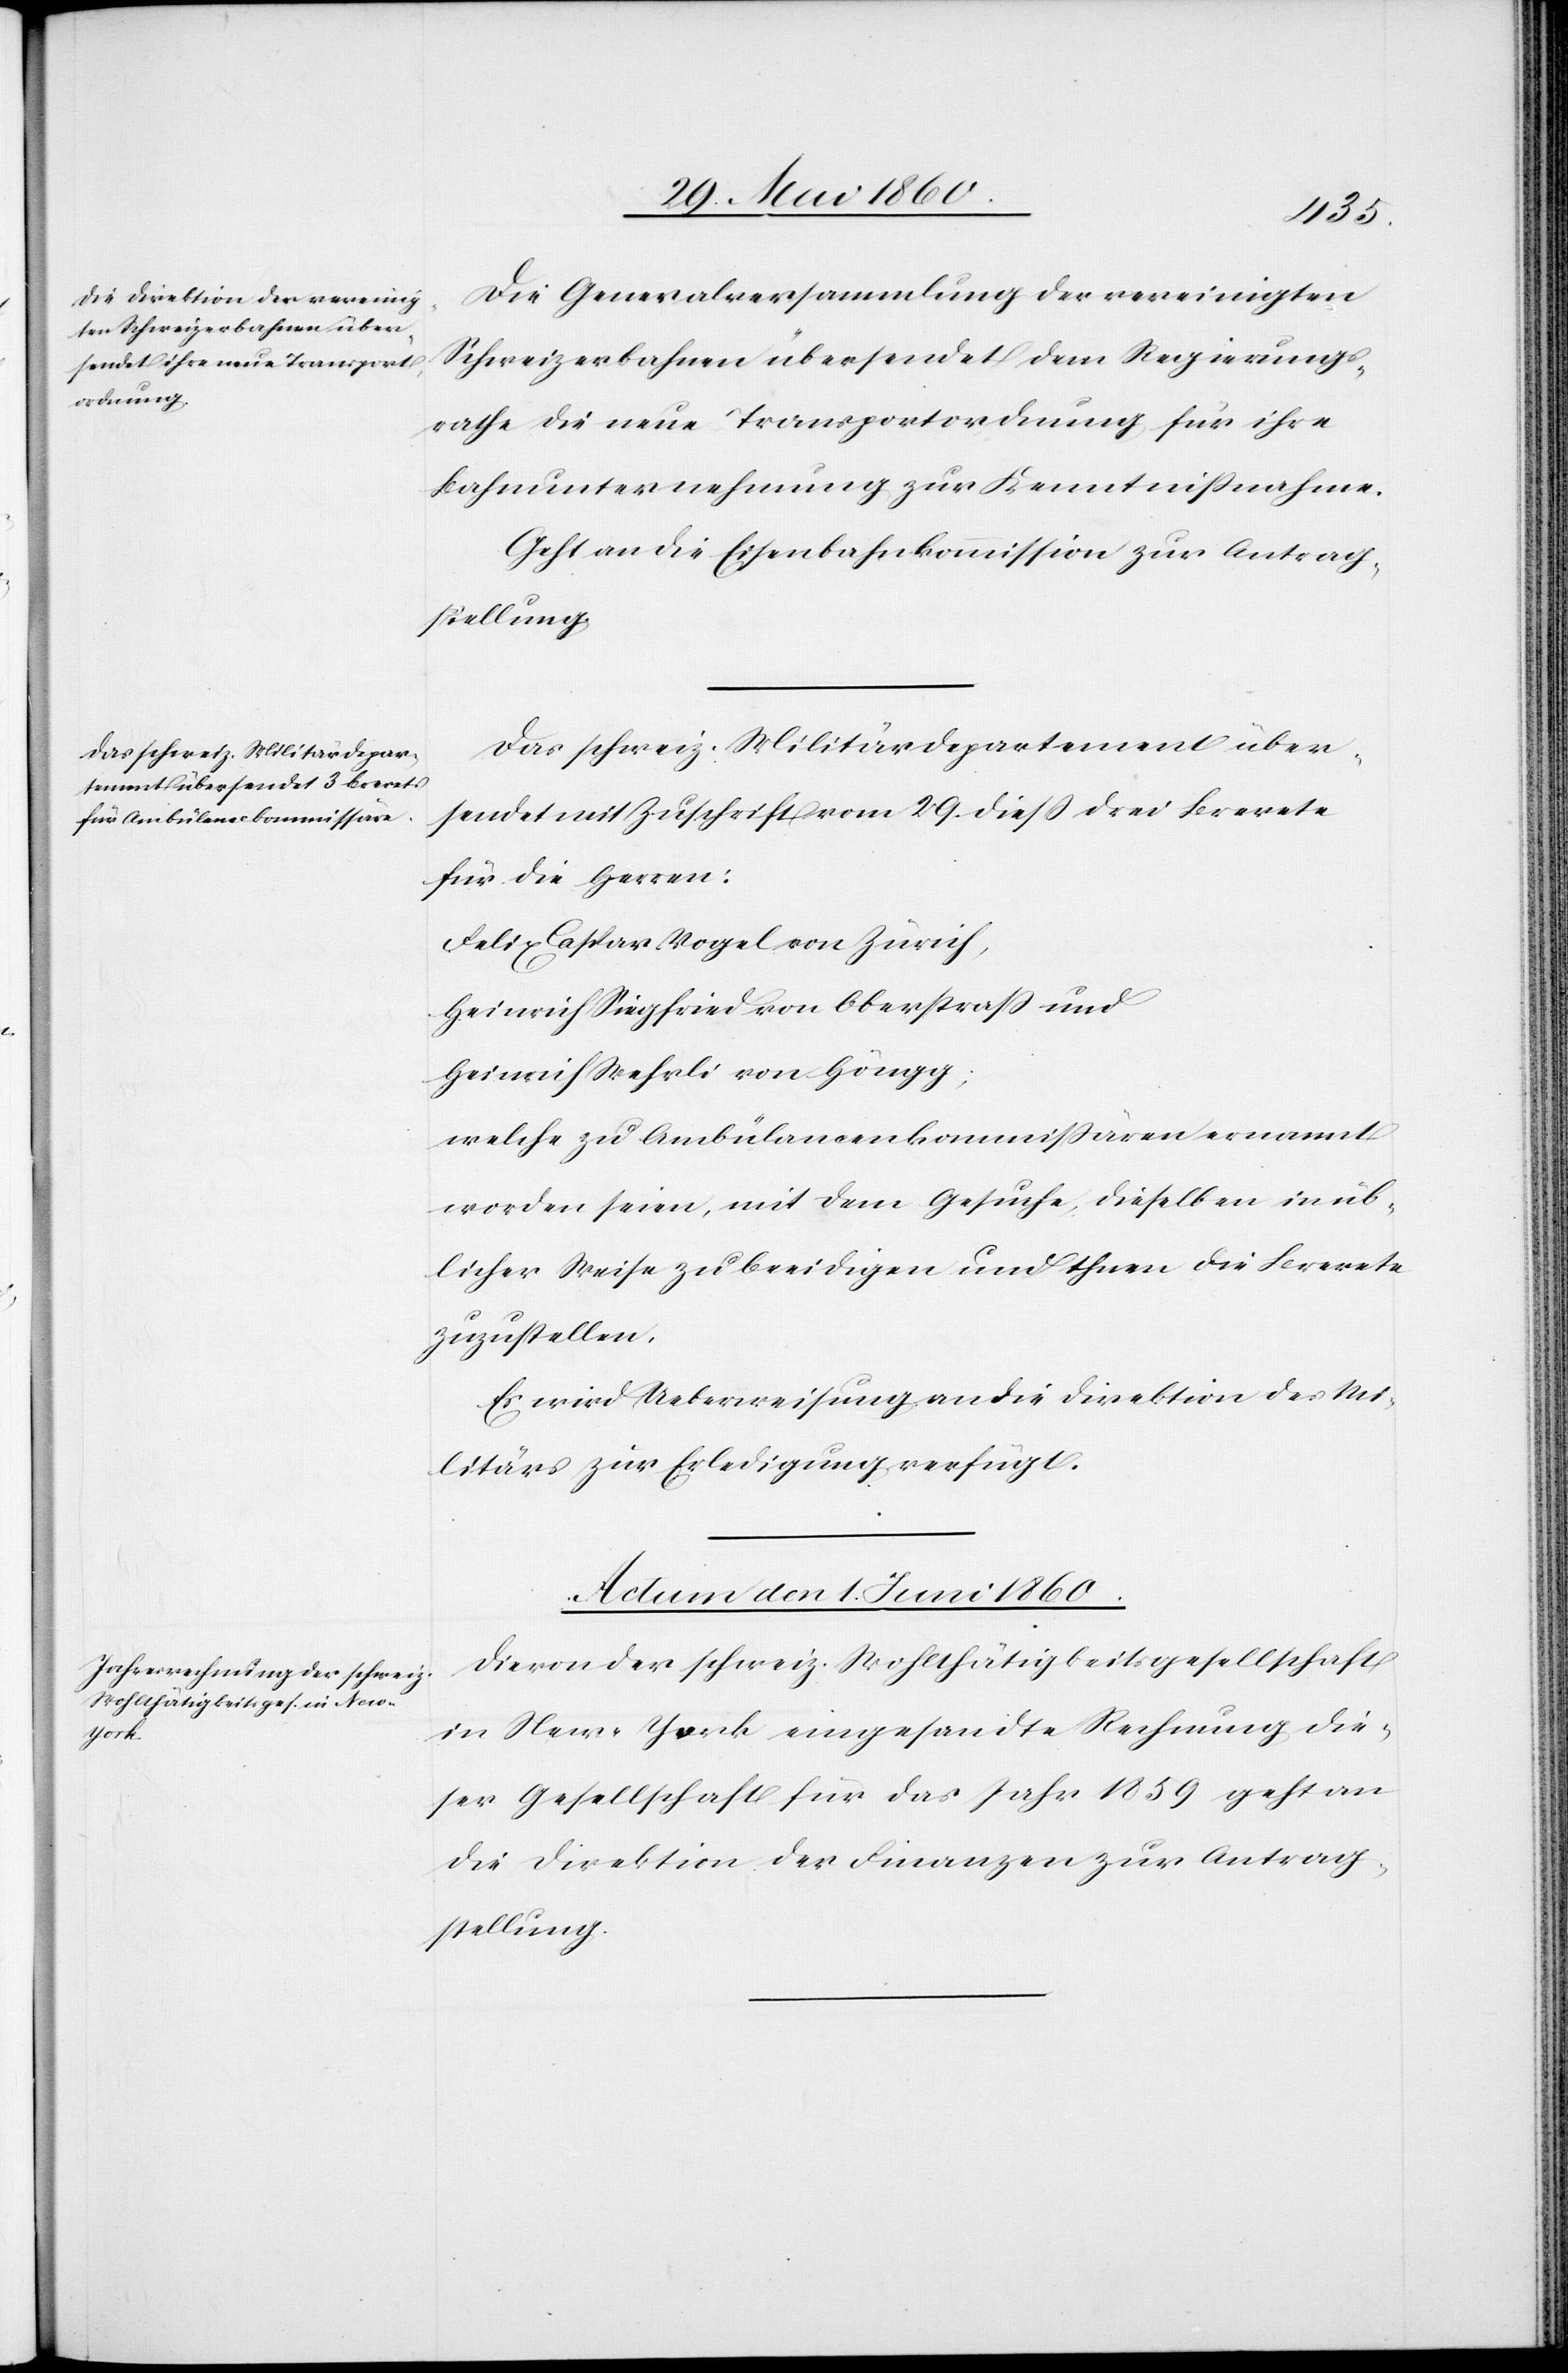
Die Generalversammlung der vereinigten
Schweizerbahnen übersendet dem Regierungs¬
rathe die neue Transportordnung für ihre
Bahnunternehmung zur Kentnnissnahme.
Geht an die Eisenbahnkommission zur Antrag¬
stellung.
Das schweiz. Militärdepartement über¬
sendet mit Zuschrift vom 29. diess drei Brevete
für die Herren:
Felix Caspar Vogel von Zürich,
Heinrich Siegfrid von Oberstrass und
Heinrich Wehrli von Höngg,
welche zu Abülancenkommissären ernannt
worden seien, mit dem Gesuche, dieselben in üb¬
licher Weise zu beeidigen und ihnen die Brevete
zuzustellen.
Es wird Ueberweisung an die Direktion des Mi¬
litärs zur Erledigung verfügt.
Actum den 1. Juni 1860
Die von der schweiz. Wohlthätigkeitsgesellschaft
in New-York eingesandte Rechnung die¬
ser Gesellschaft für das Jahr 1859 geht an
die Direktion der Finanzen zur Antrag¬
stellung.